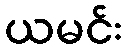
ယမင်း